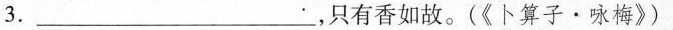
3.___，只有香如故。(《卜算子·咏梅》)